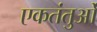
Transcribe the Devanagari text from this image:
एकतंतुओं